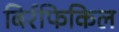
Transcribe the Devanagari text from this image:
बिर्रफिकिल